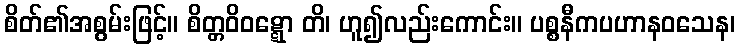
စိတ်၏အစွမ်းဖြင့်။ စိတ္တဝိဝဋ္ဋော တိ၊ ဟူ၍လည်းကောင်း။ ပစ္စနီကပဟာနဝသေန၊